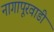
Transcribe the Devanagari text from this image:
नागापूरवाडी